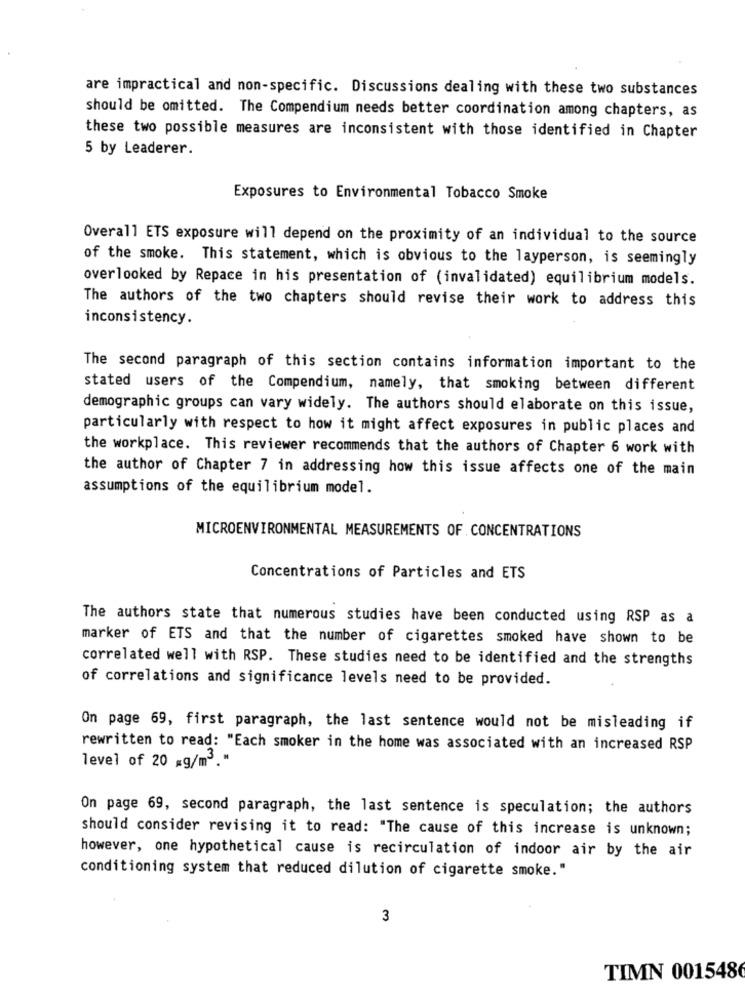
are impractical and non-specific. Discussions dealing with these two substances
should be omitted. The Compendium needs better coordination among chapters, as
these two possible measures are inconsistent with those identified in Chapter
5 by Leaderer.
Exposures to Environmental Tobacco Smoke
Overall ETS exposure will depend on the proximity of an individual to the source
of the smoke. This statement, which is obvious to the layperson, is seemingly
overlooked by Repace in his presentation of (invalidated) equilibrium models.
The authors of the two chapters should revise their work to address this
inconsistency.
The second paragraph of this section contains information important to the
stated users of the Compendium, namely, that smoking between different
demographic groups can vary widely. The authors should elaborate on this issue,
particularly with respect to how it might affect exposures in public places and
the workplace. This reviewer recommends that the authors of Chapter 6 work with
the author of Chapter 7 in addressing how this issue affects one of the main
assumptions of the equilibrium model.
MICROENVIRONMENTAL MEASUREMENTS OF . CONCENTRATIONS
Concentrations of Particles and ETS
The authors state that numerous studies have been conducted using RSP as a
marker of ETS and that the number of cigarettes smoked have shown to be
correlated well with RSP. These studies need to be identified and the strengths
of correlations and significance levels need to be provided.
On page 69, first paragraph, the last sentence would not be misleading if
rewritten to read: "Each smoker in the home was associated with an increased RSP
level of 20 g/m3."
On page 69, second paragraph, the last sentence is speculation; the authors
should consider revising it to read: "The cause of this increase is unknown;
however, one hypothetical cause is recirculation of indoor air by the air
conditioning system that reduced dilution of cigarette smoke."
3
TIMN 0015486